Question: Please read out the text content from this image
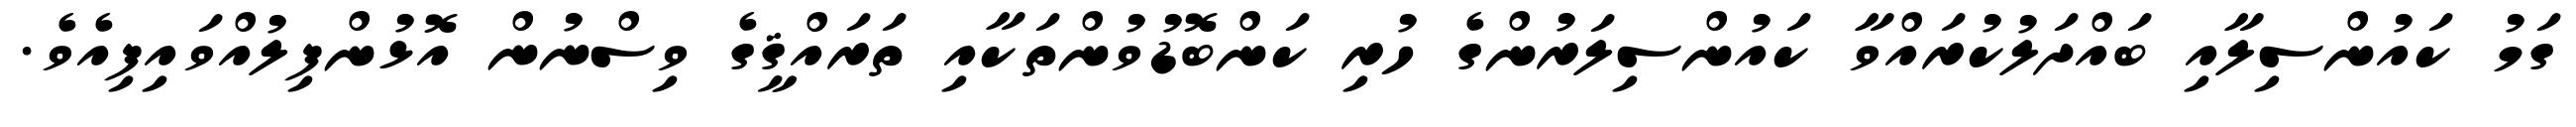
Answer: ގަމު ކައުންސިލާއި ބައްދަލުކުރައްވާ ކައުންސިލަރުންގެ ހުރި ކަންބޮޑުވުންތަކާއި ތަރައްޤީގެ ވިސްނުން އޮޅުންފިލުއްވައިފިއެވެ.